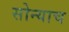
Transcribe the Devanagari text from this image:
सोन्याच